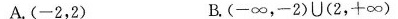
A.(-2,2) B.(-\infty ,-2)U(2,+\infty )